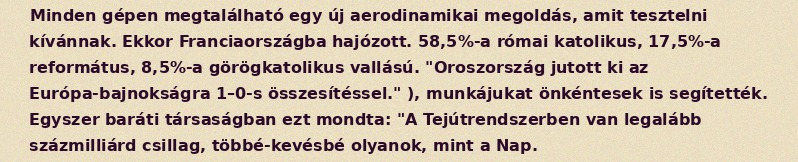
Minden gépen megtalálható egy új aerodinamikai megoldás, amit tesztelni kívánnak. Ekkor Franciaországba hajózott. 58,5%-a római katolikus, 17,5%-a református, 8,5%-a görögkatolikus vallású. "Oroszország jutott ki az Európa-bajnokságra 1–0-s összesítéssel." ), munkájukat önkéntesek is segítették. Egyszer baráti társaságban ezt mondta: "A Tejútrendszerben van legalább százmilliárd csillag, többé-kevésbé olyanok, mint a Nap.